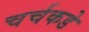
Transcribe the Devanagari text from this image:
चर्चकडे